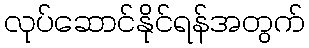
လုပ်ဆောင်နိုင်ရန်အတွက်